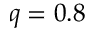
q = 0 . 8